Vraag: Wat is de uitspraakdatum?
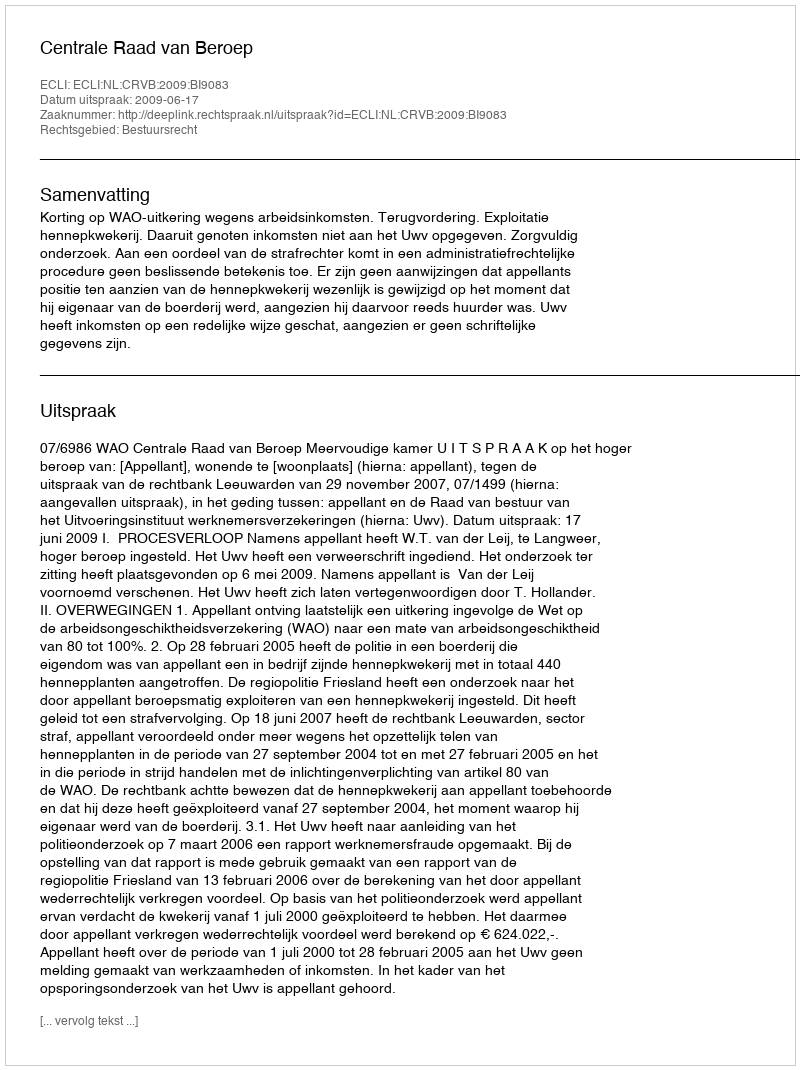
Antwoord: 2009-06-17